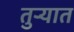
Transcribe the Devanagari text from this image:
तुर्‍यात